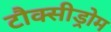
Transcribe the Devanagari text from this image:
टौक्सीड्रोम